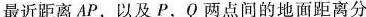
最近距离AP，以及P，Q两点间的地面距离分